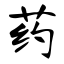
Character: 药